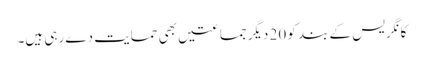
کانگریس کے بند کو 20 دیگر جماعتیں بھی حمایت دے رہی ہیں۔